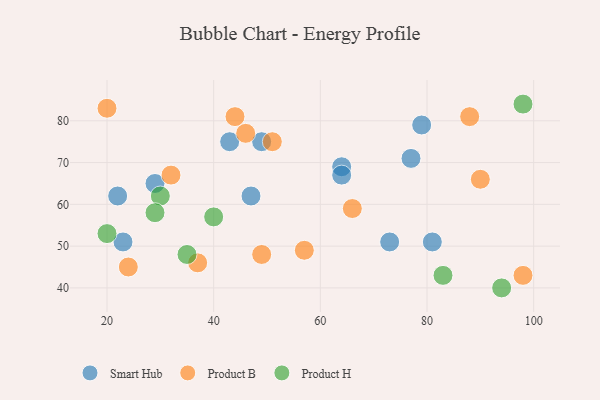
{"axis": {"x": "GDP", "y": "Life Expectancy"}, "legend": ["Product B", "Product H", "Smart Hub"], "data": [{"x": "49", "y": 75, "type": "Smart Hub"}, {"x": "64", "y": 69, "type": "Smart Hub"}, {"x": "64", "y": 67, "type": "Smart Hub"}, {"x": "81", "y": 51, "type": "Smart Hub"}, {"x": "77", "y": 71, "type": "Smart Hub"}, {"x": "47", "y": 62, "type": "Smart Hub"}, {"x": "73", "y": 51, "type": "Smart Hub"}, {"x": "22", "y": 62, "type": "Smart Hub"}, {"x": "43", "y": 75, "type": "Smart Hub"}, {"x": "23", "y": 51, "type": "Smart Hub"}, {"x": "79", "y": 79, "type": "Smart Hub"}, {"x": "29", "y": 65, "type": "Smart Hub"}, {"x": "46", "y": 77, "type": "Product B"}, {"x": "57", "y": 49, "type": "Product B"}, {"x": "49", "y": 48, "type": "Product B"}, {"x": "44", "y": 81, "type": "Product B"}, {"x": "88", "y": 81, "type": "Product B"}, {"x": "90", "y": 66, "type": "Product B"}, {"x": "51", "y": 75, "type": "Product B"}, {"x": "32", "y": 67, "type": "Product B"}, {"x": "37", "y": 46, "type": "Product B"}, {"x": "98", "y": 43, "type": "Product B"}, {"x": "20", "y": 83, "type": "Product B"}, {"x": "66", "y": 59, "type": "Product B"}, {"x": "24", "y": 45, "type": "Product B"}, {"x": "35", "y": 48, "type": "Product H"}, {"x": "40", "y": 57, "type": "Product H"}, {"x": "83", "y": 43, "type": "Product H"}, {"x": "94", "y": 40, "type": "Product H"}, {"x": "20", "y": 53, "type": "Product H"}, {"x": "30", "y": 62, "type": "Product H"}, {"x": "98", "y": 84, "type": "Product H"}, {"x": "29", "y": 58, "type": "Product H"}]}